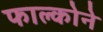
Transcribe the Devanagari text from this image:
फाल्कोने